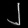
Digit: ၂